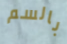
بالسم